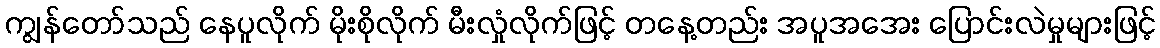
ကျွန်တော်သည် နေပူလိုက် မိုးစိုလိုက် မီးလှုံလိုက်ဖြင့် တနေ့တည်း အပူအအေး ပြောင်းလဲမှုများဖြင့်